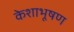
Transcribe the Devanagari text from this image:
केशाभूषण